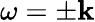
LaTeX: \omega=\pm\mathbf{k}